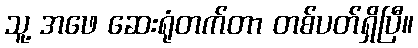
သူ့ အဖေ ဆေးရုံတက်တာ တစ်ပတ်ရှိပြီ။